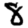
Digit: 8